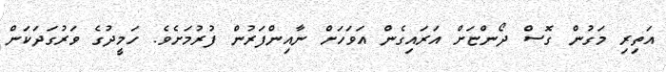
އަތިރި މަގުން ގޮސް ދޯންޏަށް އަރައިގެން އަވަހަށް ނާއިންފަރުން ފުރުމަށެވެ. ހަމީދުގެ ވަރުގަދަކަން